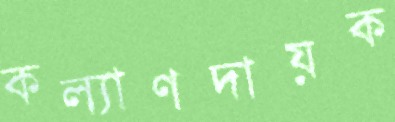
কল্যাণদায়ক